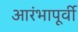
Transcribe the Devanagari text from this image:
आरंभापूर्वी